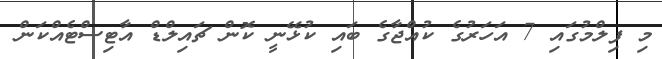
މި ފިލްމުގައި 7 އަހަރުގެ ކުއްޖާގެ ބައި ކުޅޭނީ ކޮން ޗައިލްޑް އާޓިސްޓެއްކަން